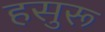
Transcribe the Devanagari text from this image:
हसुरू